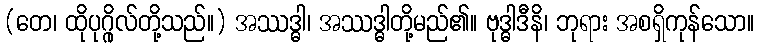
(တေ၊ ထိုပုဂ္ဂိုလ်တို့သည်။) အဿဒ္ဓါ၊ အဿဒ္ဓါတို့မည်၏။ ဗုဒ္ဓါဒီနိ၊ ဘုရား အစရှိကုန်သော။